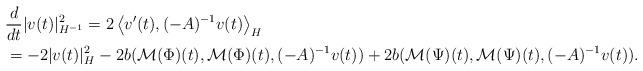
LaTeX: \begin{align*} &\frac{d}{dt}|v(t)|_{H^{-1}}^2 = 2\left< v'(t),(-A)^{-1}v(t)\right>_H \\ & = -2|v(t)|_H^2 - 2b(\mathcal{M}(\Phi)(t),\mathcal{M}(\Phi)(t), (-A)^{-1}v(t)) + 2b(\mathcal{M}(\Psi)(t),\mathcal{M}(\Psi)(t),(-A)^{-1}v(t)). \end{align*}